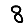
Digit: 8